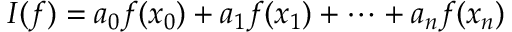
I ( f ) = a _ { 0 } f ( x _ { 0 } ) + a _ { 1 } f ( x _ { 1 } ) + \dots + a _ { n } f ( x _ { n } )